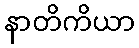
နာတိကိယာ